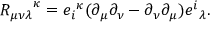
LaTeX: { R _ { \mu \nu \lambda } } ^ { \kappa } = { e _ { i } } ^ { \kappa } ( \partial _ { \mu } \partial _ { \nu } - \partial _ { \nu } \partial _ { \mu } ) { e ^ { i } } _ { \lambda } .